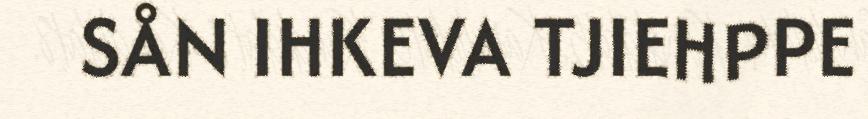
SÅN IHKEVA TJIEHPPE